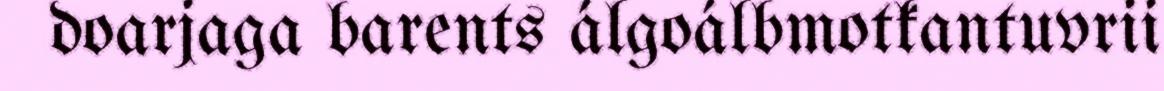
doarjaga barents álgoálbmotkantuvrii